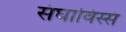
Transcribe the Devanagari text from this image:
संघाविस्सं